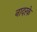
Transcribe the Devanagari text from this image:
नादरके